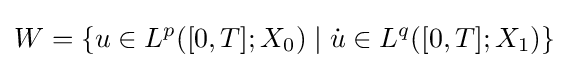
W=\{u\in L^{p}([0,T];X_{0})\mid {\dot {u}}\in L^{q}([0,T];X_{1})\}